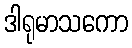
ဒါရုမာသကော